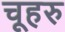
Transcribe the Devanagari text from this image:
चूहरु